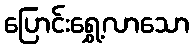
ပြောင်းရွှေ့လာသော